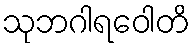
သုဘဂါရဝေါတိ